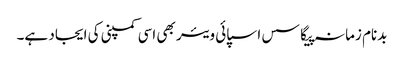
بدنام زمانہ پیگاسس اسپائی ویئر بھی اسی کمپنی کی ایجاد ہے۔